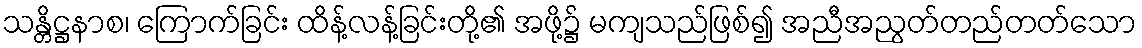
သန္တိဋ္ဌနာစ၊ ကြောက်ခြင်း ထိန့်လန့်ခြင်းတို့၏ အဖို့၌ မကျသည်ဖြစ်၍ အညီအညွတ်တည်တတ်သော